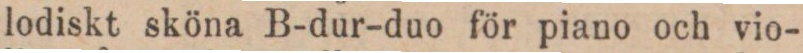
lodiskt sköna B-dur-duo för piano och vio-